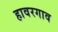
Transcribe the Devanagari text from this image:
हावरगाव